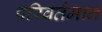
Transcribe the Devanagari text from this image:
परिवर्तमान